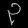
Digit: ၃